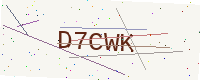
Text: D7CWK